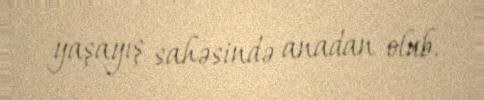
yaşayış sahəsində anadan olub.